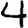
Digit: 4